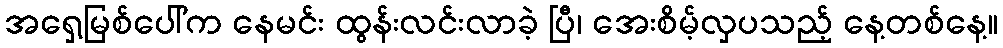
အရှေ့မြစ်ပေါ်က နေမင်း ထွန်းလင်းလာခဲ့ ပြီ၊ အေးစိမ့်လှပသည့် နေ့တစ်နေ့။